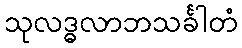
သုလဒ္ဓလာဘသင်္ခါတံ